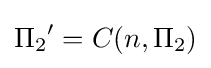
{\Pi _{2}}'=C(n,\Pi _{2})